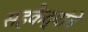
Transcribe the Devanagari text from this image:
सहकैद्यांचे